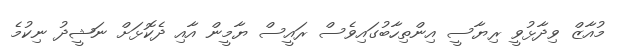
މުއާޒް ވިދާޅުވީ ރިޔާސީ އިންތިހާބުގައިވެސް ރައީސް ޔާމީން އާއި ދެކޮޅަށް ނަޝީދު ނިކުމެ